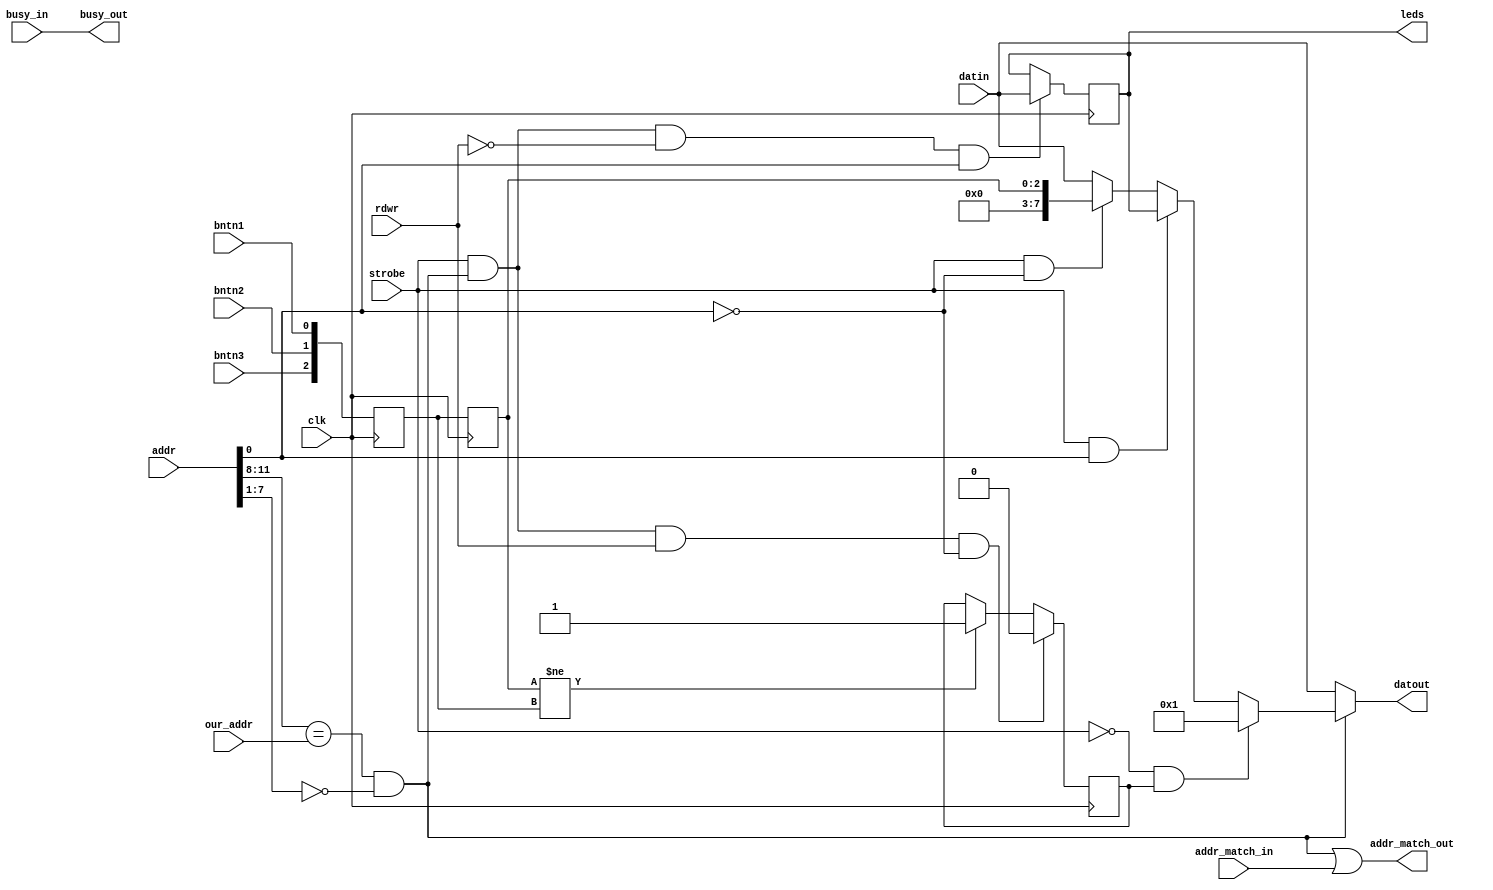
// *********************************************************
// Copyright (c) 2020 Demand Peripherals, Inc.
// 
// This file is licensed separately for private and commercial
// use.  See LICENSE.txt which should have accompanied this file
// for details.  If LICENSE.txt is not available please contact
// support@demandperipherals.com to receive a copy.
// 
// In general, you may use, modify, redistribute this code, and
// use any associated patent(s) as long as
// 1) the above copyright is included in all redistributions,
// 2) this notice is included in all source redistributions, and
// 3) this code or resulting binary is not sold as part of a
//    commercial product.  See LICENSE.txt for definitions.
// 
// DPI PROVIDES THE SOFTWARE "AS IS," WITHOUT WARRANTIES OR
// CONDITIONS OF ANY KIND, EITHER EXPRESS OR IMPLIED, INCLUDING
// WITHOUT LIMITATION ANY WARRANTIES OR CONDITIONS OF TITLE,
// NON-INFRINGEMENT, MERCHANTABILITY, OR FITNESS FOR A PARTICULAR
// PURPOSE.  YOU ARE SOLELY RESPONSIBLE FOR DETERMINING THE
// APPROPRIATENESS OF USING OR REDISTRIBUTING THE SOFTWARE (WHERE
// ALLOWED), AND ASSUME ANY RISKS ASSOCIATED WITH YOUR EXERCISE OF
// PERMISSIONS UNDER THIS AGREEMENT.
// 
// This software may be covered by US patent #10,324,889. Rights
// to use these patents is included in the license agreements.
// See LICENSE.txt for more information.
// *********************************************************

//////////////////////////////////////////////////////////////////////////
//
//
//  Reg 0: Buttons.  Read-only, 8 bit.  Auto-send on change. Sends both
//         the LED value and the button values.
//  Reg 1: LEDs.  Read/write, 8 bit
//
/////////////////////////////////////////////////////////////////////////
module bb4io(clk,rdwr,strobe,our_addr,addr,busy_in,busy_out,
       addr_match_in,addr_match_out,datin,datout,leds, bntn1, bntn2, bntn3);
    input  clk;              // system clock
    input  rdwr;             // direction of this transfer. Read=1; Write=0
    input  strobe;           // true on full valid command
    input  [3:0] our_addr;   // high byte of our assigned address
    input  [11:0] addr;      // address of target peripheral
    input  busy_in;          // ==1 if a previous peripheral is busy
    output busy_out;         // ==our busy state if our address, pass through otherwise
    input  addr_match_in;    // ==1 if a previous peripheral claims the address
    output addr_match_out;   // ==1 if we claim the above address, pass through otherwise
    input  [7:0] datin;      // Data INto the peripheral;
    output [7:0] datout;     // Data OUTput from the peripheral, = datin if not us.
    output [7:0] leds;       // The LEDs on the Baseboard4
    input  bntn1;            //  Button #1
    input  bntn2;            //  Button #2
    input  bntn3;            //  Button #3
 
    wire   myaddr;           // ==1 if a correct read/write on our address
    reg    [2:0] btn0;       // bring buttons into our clock domain
    reg    [2:0] btn1;       // bring buttons into our clock domain
    reg    [7:0] ledlatch;   // Latched value of the LEDs
    reg    data_ready;       // ==1 if we have new data to send up to the host


    initial
    begin
        btn0 = 3'b000;
        btn1 = 3'b000;
        ledlatch = 8'hff;  // Matches the power-on state of the LEDs
        data_ready = 0;
    end

    // Bring the Buttons into our clock domain.
    always @(posedge clk)
    begin
        btn0[0] <= bntn1;
        btn0[1] <= bntn2;
        btn0[2] <= bntn3;
        btn1 <= btn0;

        if (strobe & myaddr & ~rdwr & (addr[0] == 1))  // latch data on a write
        begin
            ledlatch <= datin[7:0];
        end
        // clear data_ready register on a read
        if (strobe & myaddr & rdwr & (addr[0] == 0))
        begin
            data_ready <= 0;
        end
        else if (btn1 != btn0)   // edge detection for sending data up to the host
        begin
            data_ready <= 1;
        end
    end
 
    assign myaddr = (addr[11:8] == our_addr) && (addr[7:1] == 0);

    // data out is the button if a read on us, our data ready send command 
    // if a poll from the bus interface, and data_in in all other cases.
    assign datout = (~myaddr) ? datin : 
                    (~strobe & data_ready) ? 8'h01 :
                    (strobe && (addr[0] == 1)) ? ledlatch : 
                    (strobe && (addr[0] == 0)) ? btn1 :
                    datin ;

    // Loop in-to-out where appropriate
    assign busy_out = busy_in;
    assign addr_match_out = myaddr | addr_match_in;
    assign leds = ledlatch;


endmodule